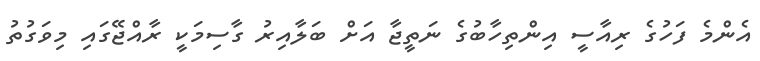
އެންމެ ފަހުގެ ރިއާސީ އިންތިހާބުގެ ނަތީޖާ އަށް ބަލާއިރު ގާސިމަކީ ރާއްޖޭގައި މިވަގުތު